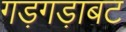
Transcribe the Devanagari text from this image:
गड़गड़ाबट